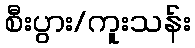
စီးပွား/ကူးသန်း